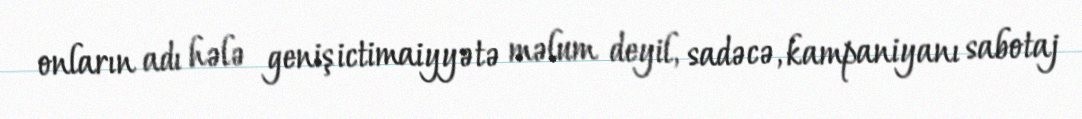
onların adı hələ geniş ictimaiyyətə məlum deyil, sadəcə, kampaniyanı sabotaj